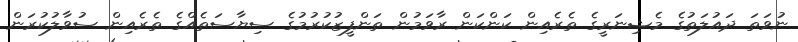
ނުވަތަ ދައުލަތުގެ މެޝިނަރީގެ ތެރެއިން ކަންކަން ރާވަމުން ތަންފީޒުކުރުމުގެ ސިޔާސަތެއްގެ ތެރެއިން ސުވާލުކުރަން